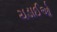
ચડાઈઓ